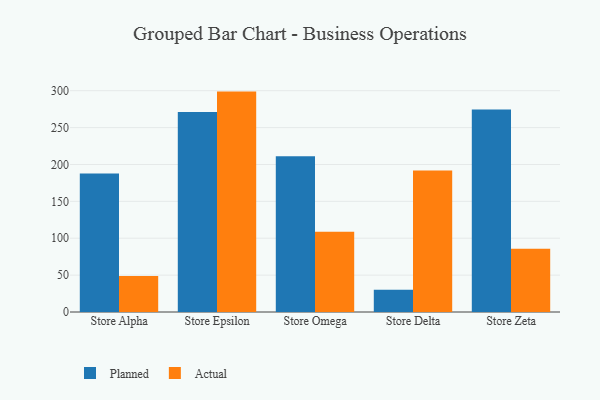
{"axis": {"x": "Store", "y": "Bounce Rate (%)"}, "legend": ["Actual", "Planned"], "data": [{"x": "Store Alpha", "y": 187.9, "type": "Planned"}, {"x": "Store Alpha", "y": 48.7, "type": "Actual"}, {"x": "Store Epsilon", "y": 271.2, "type": "Planned"}, {"x": "Store Epsilon", "y": 298.8, "type": "Actual"}, {"x": "Store Omega", "y": 211.2, "type": "Planned"}, {"x": "Store Omega", "y": 108.7, "type": "Actual"}, {"x": "Store Delta", "y": 30.3, "type": "Planned"}, {"x": "Store Delta", "y": 191.9, "type": "Actual"}, {"x": "Store Zeta", "y": 274.4, "type": "Planned"}, {"x": "Store Zeta", "y": 85.9, "type": "Actual"}]}